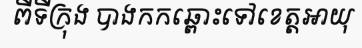
ពីទីក្រុង បាងកកឆ្ពោះទៅខេត្តអាយុ